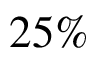
2 5 \%